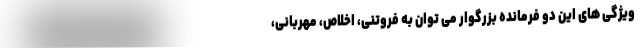
ویژگی های این دو فرمانده بزرگوار می توان به فروتنی، اخلاص، مهربانی،